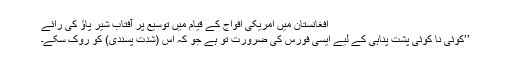
افغانستان میں امریکی افواج کے قیام میں توسیع پر آفتاب شیر پاؤ کی رائے
’’کوئی نا کوئی پشت پناہی کے لیے ایسی فورس کی ضرورت تو ہے جو کہ اس (شدت پسندی) کو روک سکے۔